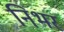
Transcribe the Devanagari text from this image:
निभर